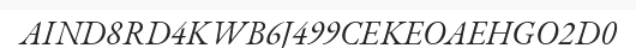
AIND8RD4KWB6J499CEKEOAEHGO2D0